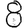
Digit: 8